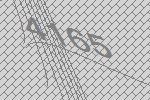
4165